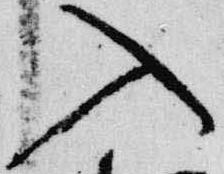
入